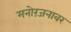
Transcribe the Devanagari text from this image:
मनोरंजनावर